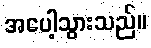
အပေါ့သွားသည်။